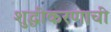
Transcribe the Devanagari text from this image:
शुद्धीकरणाची